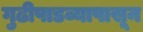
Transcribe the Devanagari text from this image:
गुढीपाडव्यापासून